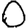
Digit: 0